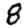
Digit: 8